Report on the bubonic plague in Bombay, 1896-1897
Year: 1896
Disease focus: Plague
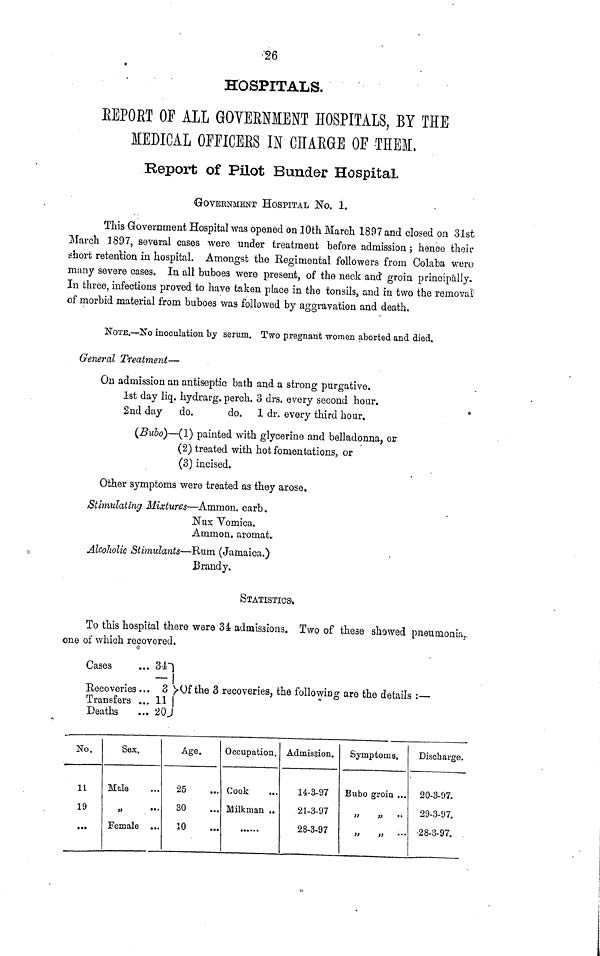
26
HOSPITALS.
BEPORT OF ALL GOYERNMENT HOSPITALS, BY THE
MEDICAL OFFICERS IN CHARGE OF THEM.
Report of Pilot Bunder Hospital.
GOVERNMENT HOSPITAL
No. 1.
This Government Hospital was opened on 10th March 1897 and closed on 31st.
March 1897, several cases were under treatment before admission; hence their
short retention in hospital. Amongst the Regimental followers from Colaba were
many severe cases. In all buboes were present, of the neck and groin principally.
In three, infections proved to have taken place in the tonsils, and in two the removal
of morbid material from buboes was followed by aggravation and death.
NOTE.—No inoculation by serum. Two pregnant women aborted and died.
General Treatment—
On admission an antiseptic bath and a strong purgative.
1st day liq. hydrarg, perch. 3 drs. every second hoar.
2nd day do.
do. 1 dr. every third hour.
(Bubo)—(1) painted with glycerine and belladonna, or
(2) treated with hot fomentations, or
(3) incised.
Other symptoms were treated as they arose.
Stimulating Mixtures—Ammon. carb.
Nux Vomica.
Ammon. aromat.
Alcoholic Stimulants—Rum (Jamaica.)
Brandy.
STATISTICS.
To this hospital there were 34 admissions. Two of these showed pneumonia,,
one of which recovered.
Cases
... 34
Recoveries ... 3
Transfers ... 11
Deaths
... 20
Of the 3 recoveries, the following are the details :—
No.
11
19
...
Sex.
Male ...
" ...
Female ...
Age.
25 ...
30 ...
10 ...
Occupation.
Cook ...
Milkman ..
Admission.
14-3-97
21-3-97
28-3-97
Symptoms.
Bubo groin ...
" " ...
" " ...
Discharge.
20-3-97.
29-3-97.
28-3-97.